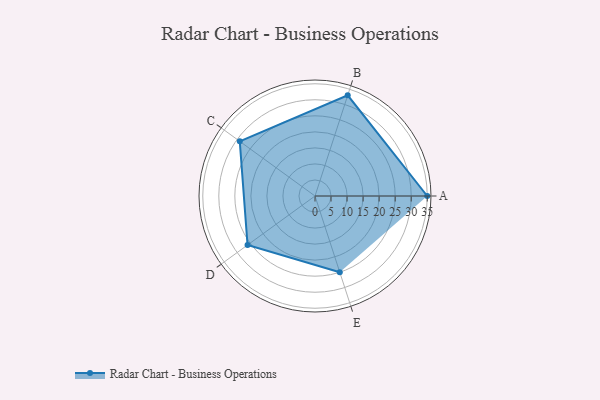
{"axis": {"x": "Skill", "y": "Score"}, "legend": ["Profile"], "data": [{"x": "A", "y": 35.0, "type": "Profile"}, {"x": "B", "y": 33.0, "type": "Profile"}, {"x": "C", "y": 29.0, "type": "Profile"}, {"x": "D", "y": 26.0, "type": "Profile"}, {"x": "E", "y": 25.0, "type": "Profile"}]}